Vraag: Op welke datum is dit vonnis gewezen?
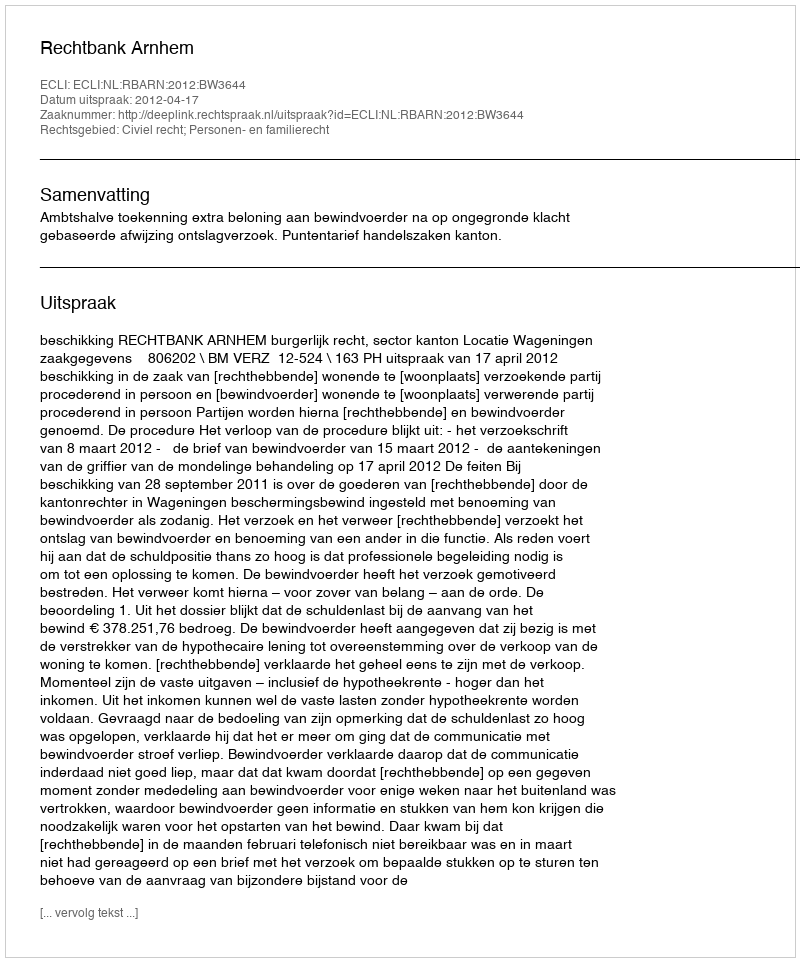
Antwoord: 2012-04-17